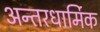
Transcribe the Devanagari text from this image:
अन्तरधार्मिक